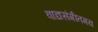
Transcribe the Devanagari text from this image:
वाद्यसंगीतमय